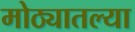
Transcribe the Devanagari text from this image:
मोठ्यातल्या